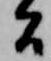
間